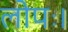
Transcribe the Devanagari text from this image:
लोपः।